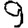
Digit: 9